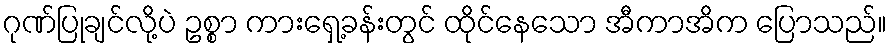
ဂုဏ်ပြုချင်လို့ပဲ ဥစ္စာ ကားရှေ့ခန်းတွင် ထိုင်နေသော အီကာအိက ပြောသည်။